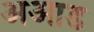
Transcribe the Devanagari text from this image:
अआड